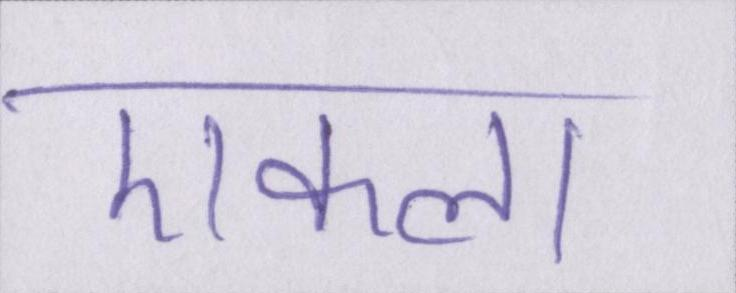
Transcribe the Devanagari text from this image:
एकला